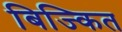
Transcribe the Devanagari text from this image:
बिज्कित